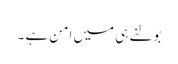
بولنے ہی میں امن ہے ۔